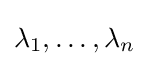
{\textstyle \lambda _{1},\ldots ,\lambda _{n}}